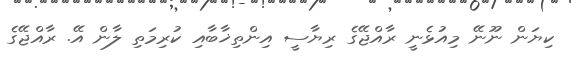
ކިޔަން ނޫނޭ މިއުޅެނީ ރާއްޖޭގެ ރިޔާސީ އިންތިޚާބާއި ކުރިމަތި ލާން އޭ. ރާއްޖޭގެ